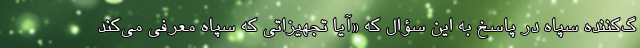
گ‌کننده سپاه در پاسخ به این سؤال که «آیا تجهیزاتی که سپاه معرفی می‌کند